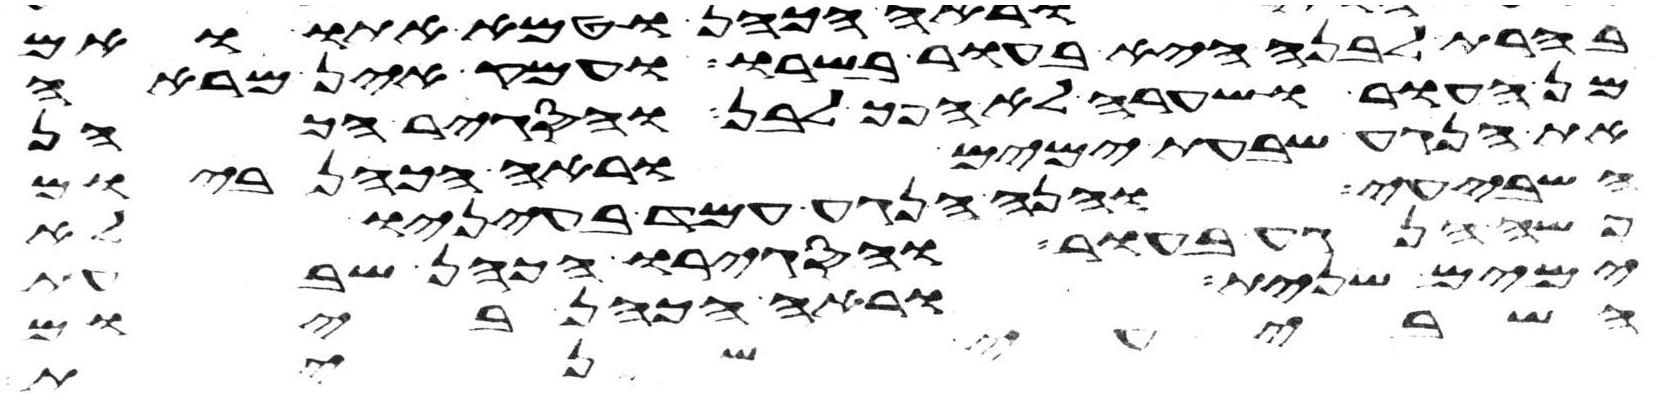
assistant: בהרת לבנה היא בעור בשרו ועמק אין מראה
מן העור ושערה לא הפך לבן והסגיר הכהן
את הנגע שבעת ימים וראה הכהן ביום
השביעי והנה הנגע עמד בעיניו לא
פשה הנגע בעור והסגירו הכהן שבעת
ימים שנית וראה הכהן ביום
השביעי שנית